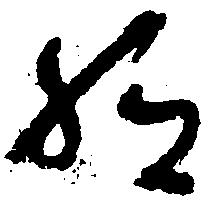
給